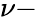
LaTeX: \nu-